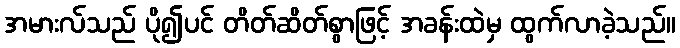
အမားလ်သည် ပို၍ပင် တိတ်ဆိတ်စွာဖြင့် အခန်းထဲမှ ထွက်လာခဲ့သည်။